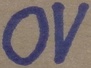
Text: 0V